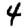
Digit: 4